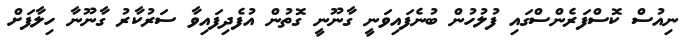
ނިއުސް ކޮސްފަރެންސްގައި ފުލުހުން ބުނެފައިވަނީ ގާނޫނީ ގޮތުން އުފެދިފައިވާ ސަރުކާރު ގާނޫނާ ހިލާފަށް